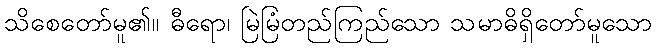
သိစေတော်မူ၏။ ဓီရော၊ မြဲမြံတည်ကြည်သော သမာဓိရှိတော်မူသော